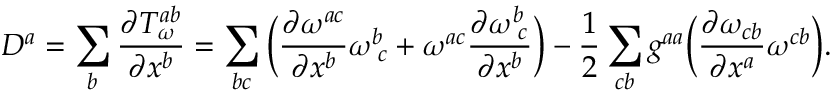
D ^ { a } = \sum _ { b } \frac { \partial T _ { \omega } ^ { a b } } { \partial { x ^ { b } } } = \sum _ { b c } \Big ( \frac { \partial \omega ^ { a c } } { \partial x ^ { b } } \omega _ { \, \, c } ^ { b } + \omega ^ { a c } \frac { \partial \omega _ { \, \, c } ^ { b } } { \partial x ^ { b } } \Big ) - \frac { 1 } { 2 } \sum _ { c b } g ^ { a a } \Big ( \frac { \partial \omega _ { c b } } { \partial x ^ { a } } \omega ^ { c b } \Big ) .